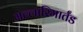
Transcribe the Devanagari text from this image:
मल्लारिमार्तंड